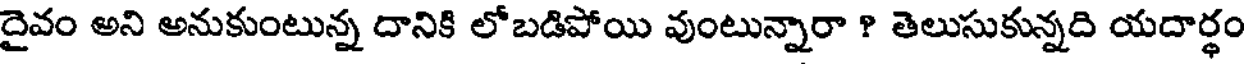
దైవం అని అనుకుంటున్న దానికి లోబడిపోయి వుంటున్నారా ? తెలుసుకున్నది యదార్థం